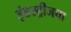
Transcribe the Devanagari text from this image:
इंडस्ट्रीजचा